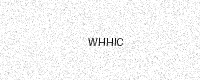
Text: WHHIC